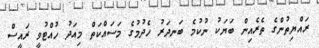
ރައްޔިތުންގެ ތެރެއިން ބަޔަކު ނުކުމެ ބަނދަރު ހެދުމުގެ މަސައްކަތް މިއަދު ހުއްޓުވީ ރައީސް